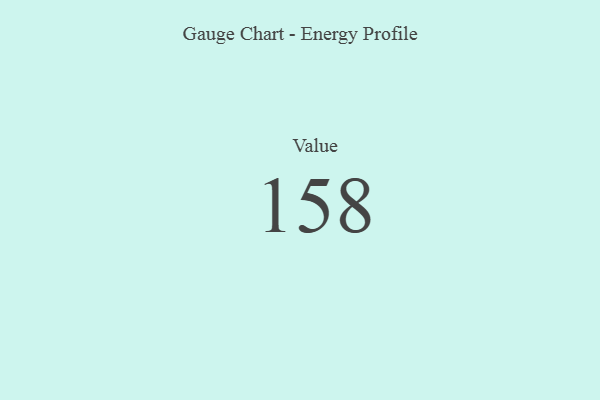
{"axis": {"x": "Metric", "y": "Value"}, "legend": [""], "data": [{"x": "Value", "y": 158, "type": ""}]}